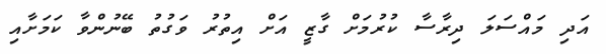
އަދި މައްސަލަ ދިރާސާ ކުރުމަށް ގާޒީ އަށް އިތުރު ވަގުތު ބޭނުންވާ ކަމަށާއި